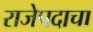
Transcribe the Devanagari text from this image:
राजेपदाचा